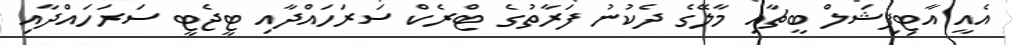
އެއީ އާޓިފިޝަލް ބީޗާއި މާލޭގެ ދެކުނު ފަރާތުގެ ޓްރެކް ސަރަހައްދާއި ޓީޖެޓީ ސަރަހައްދާއި